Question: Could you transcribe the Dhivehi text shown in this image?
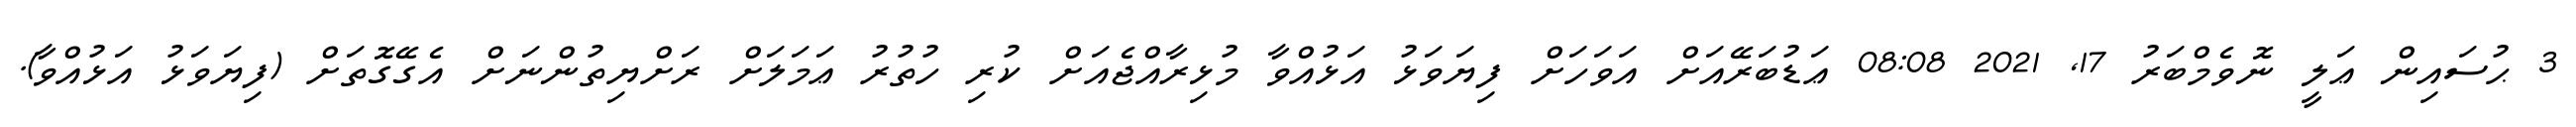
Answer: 3 ޙުސައިން ޢަލީ ނޮވެމްބަރު 17, 2021 08:08 ޢަޑުބަރޭއަށް އަވަހަށް ފިޔަވަޅު އަޅުއްވާ މުޅިރާއްޖެއަށް ކުރި ހުތުރު ޢަމަލަށް ރަށްޔިތުންނަށް އެގޭގޮތަށް (ފިޔަވަޅު އަޅުއްވާ).